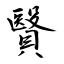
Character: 贀